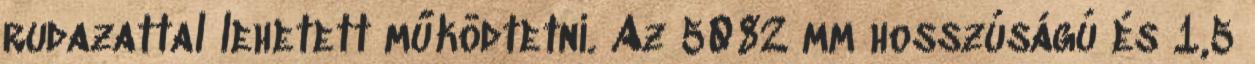
rudazattal lehetett működtetni. Az 5082 mm hosszúságú és 1,5